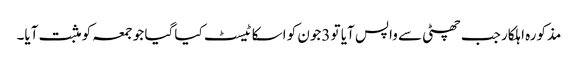
مذکورہ اہلکار جب چھٹی سے واپس آیا تو 3جون کو اسکا ٹیسٹ کیا گیا جو جمعہ کو مثبت آیا۔